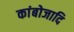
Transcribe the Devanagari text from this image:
कांबोजादि